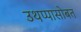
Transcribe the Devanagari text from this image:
उथप्पासोबत